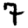
Digit: 7